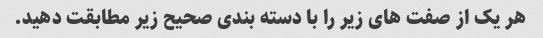
هر یک از صفت های زیر را با دسته بندی صحیح زیر مطابقت دهید.